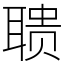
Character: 聩